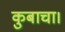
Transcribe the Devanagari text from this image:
कुबाचा।